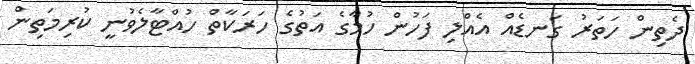
ދެތިން ހަތަރު ގަނޑެއް އެއްލި ފަހުން ހުމާގެ އަތުގެ ހަރަކާތް ހުއްޓާލެވުނީ ކުރިމަތިން